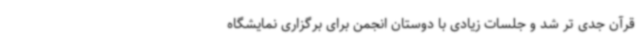
قرآن جدی تر شد و جلسات زیادی با دوستان انجمن برای برگزاری نمایشگاه